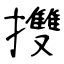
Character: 㩳